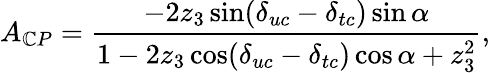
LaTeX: A_{\mathbb{C}P}=\frac{{-2z_{3}\sin(\delta_{uc}-\delta_{tc})\sin\alpha}}{{1-2z_{3}\cos(\delta_{uc}-\delta_{tc})\cos\alpha+z_{3}^{2}}},